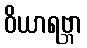
ဝိယာရဗ္ဘာ